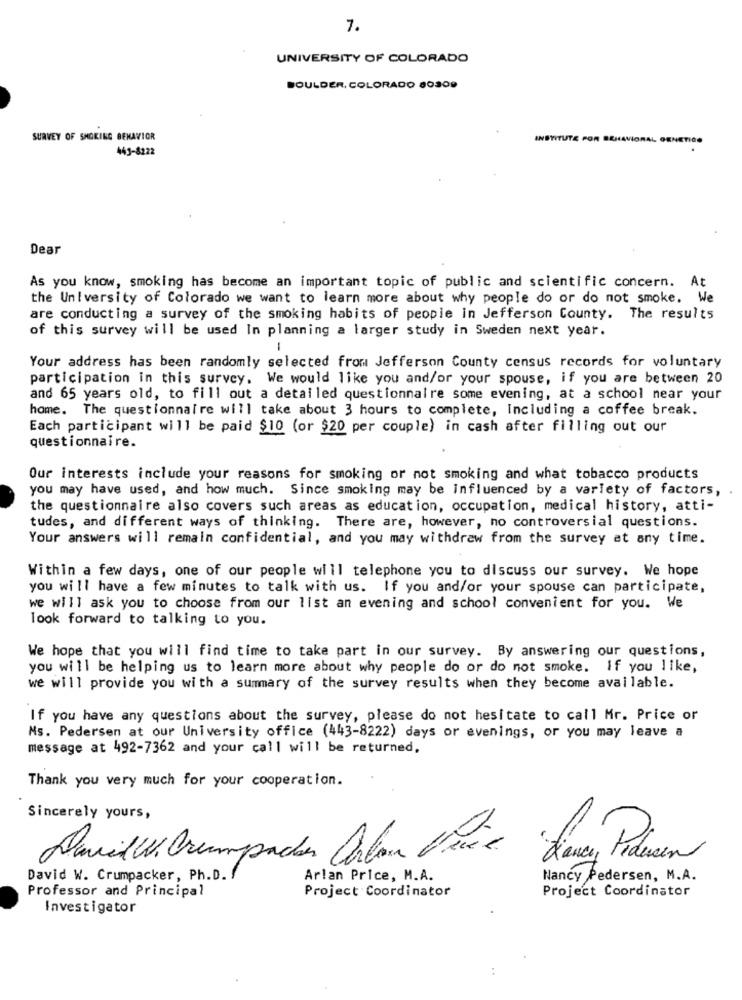
7.
UNIVERSITY OF COLORADO
BOULDER, COLORADO 80309
SURVEY OF SMOKING BEHAVIOR
INSTITUTE POR
ORAL GENETICO
441-8222
Dear
As you know, smoking has become an important topic of public and scientific concern. At
the University of Colorado we want to learn more about why people do or do not smoke. We
are conducting a survey of the smoking habits of people in Jefferson County. The results
of this survey will be used In planning a larger study in Sweden next year.
-
Your address has been randomly selected from Jefferson County census records for voluntary
participation in this survey. We would like you and/or your spouse, if you are between 20
and 65 years old, to fill out a detailed questionnaire some evening, at a school near your
home. The questionnaire will take about 3 hours to complete, Including a coffee break.
Each participant will be paid $10 (or $20 per couple) in cash after filling out our
questionnaire.
Our interests include your reasons for smoking or not smoking and what tobacco products
you may have used, and how much. Since smoking may be influenced by a variety of factors,
the questionnaire also covers such areas as education, occupation, medical history, atti-
tudes, and different ways of thinking. There are, however, no controversial questions.
Your answers will remain confidential, and you may withdraw from the survey at any time.
Within a few days, one of our people will telephone you to discuss our survey. We hope
you will have a few minutes to talk with us. If you and/or your spouse can participate,
we will ask you to choose from our list an evening and school convenient for you. We
look forward to talking to you.
We hope that you will find time to take part in our survey. By answering our questions,
you will be helping us to learn more about why people do or do not smoke. If you like,
we will provide you with a summary of the survey results when they become available.
If you have any questions about the survey, please do not hesitate to call Mr. Price or
Ms. Pedersen at our University office (443-8222) days or evenings, or you may leave a
message at 492-7362 and your call will be returned.
Thank you very much for your cooperation.
Sincerely yours,
David W. Crumpacker Colon Drie
David W. Crumpacker, Ph.D.
Arlan Price, M.A.
Nancy Pedersen, M.A.
Professor and Principal
Project Coordinator
Project Coordinator
Investigator